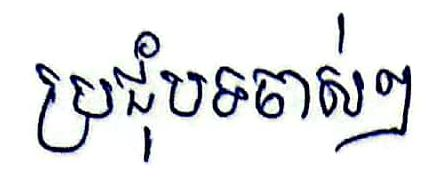
ប្រជុំបទចាស់ៗ